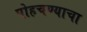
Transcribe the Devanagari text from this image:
पोहचण्याचा